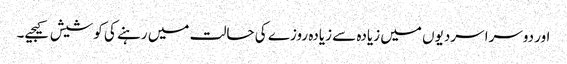
اور دوسرا سردیوں میں زیادہ سے زیادہ روزے کی حالت میں رہنے کی کوشیش کیجیے۔